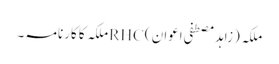
ملکہ (زاہد مصطفی اعوان )RHCملکہ کا کارنامہ ۔